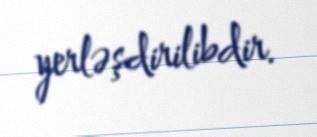
yerləşdirilibdir.